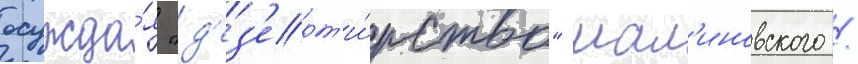
осужда́я "д'ез'ерт'и́рство" мал'иновского /